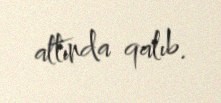
altında qalıb.